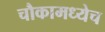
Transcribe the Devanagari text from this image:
चौकामध्येच